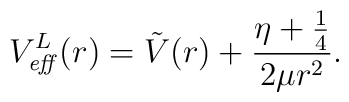
V_{\it eff}^{L}(r) = \tilde{V}(r) + \frac{ \eta + \frac{1}{4} }{2\mu r^{2} }.